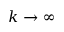
k \to \infty